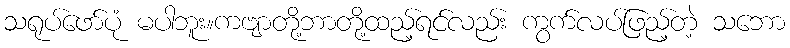
သရုပ်ဖော်ပုံ မပါဘူး။ကဗျာတို့ဘာတို့ထည့်ရင်လည်း ကွက်လပ်ဖြည့်တဲ့ သဘော